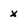
Character: x